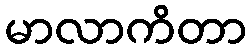
မာလာကိတာ